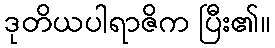
ဒုတိယပါရာဇိက ပြီး၏။